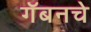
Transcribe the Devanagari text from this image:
गॅबनचे